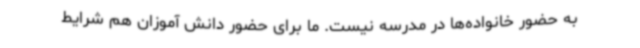
به حضور خانواده‌ها در مدرسه نیست. ما برای حضور دانش آموزان هم شرایط